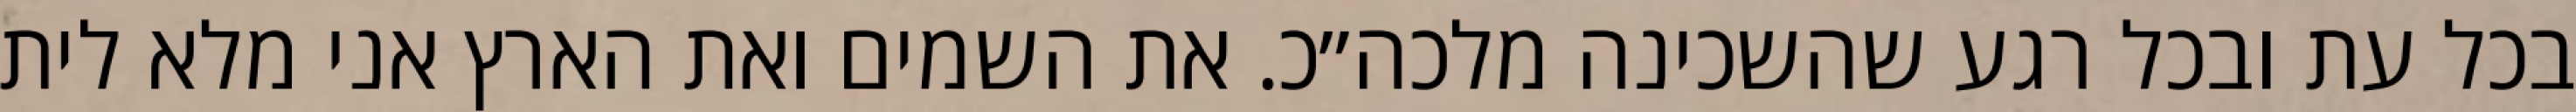
בכל עת ובכל רגע שהשכינה מלכה״כ. את השמים ואת הארץ אני מלא לית